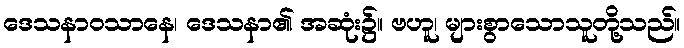
ဒေသနာဝသာနေ၊ ဒေသနာ၏ အဆုံး၌။ ဗဟူ၊ များစွာသောသူတို့သည်။